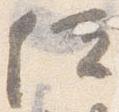
位